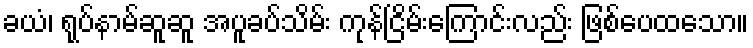
ခယံ၊ ရုပ်နာမ်ဆူဆူ အပူခပ်သိမ်း ကုန်ငြိမ်းကြောင်းလည်း ဖြစ်ပေထသော။